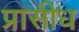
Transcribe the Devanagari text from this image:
प्रासीध